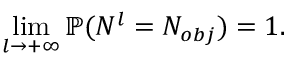
\operatorname* { l i m } _ { l \rightarrow + \infty } \mathbb { P } ( N ^ { l } = N _ { o b j } ) = 1 .